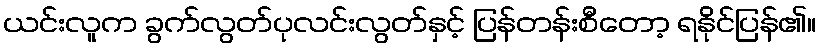
ယင်းလူက ခွက်လွတ်ပုလင်းလွတ်နှင့် ပြန်တန်းစီတော့ ရနိုင်ပြန်၏။